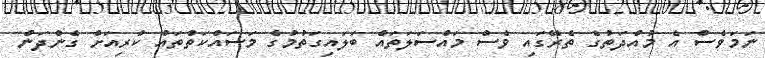
ނަމަވެސް އެ މުއްދަތުގެ ތެރޭގައި ވެސް މައްސަލަތައް ބަލައިގަތުމުގެ މަސައްކަތްތައް ކުރިއަށް ގެންދަން